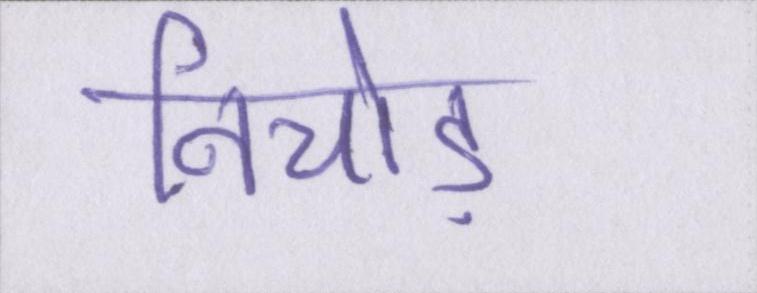
निचोड़